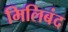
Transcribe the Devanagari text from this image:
मिलिबंद